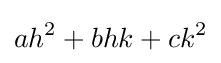
ah^{2}+bhk+ck^{2}